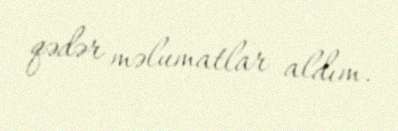
qədər məlumatlar aldım.